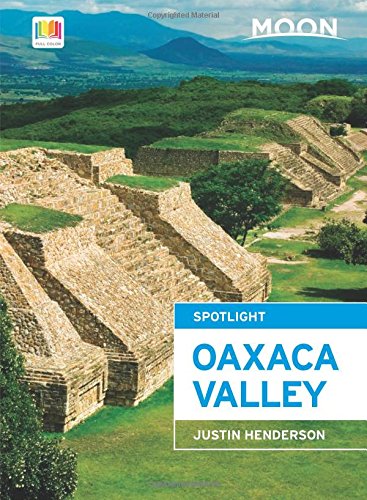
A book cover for Moon Spotlight Oaxaca Valley; Justin Henderson; Travel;